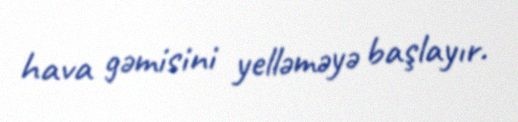
hava gəmisini yelləməyə başlayır.